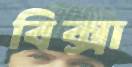
বিক্সা